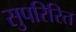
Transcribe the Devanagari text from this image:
सुपरिरित